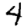
Digit: 4